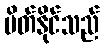
ပိတ်နိုင်သည်